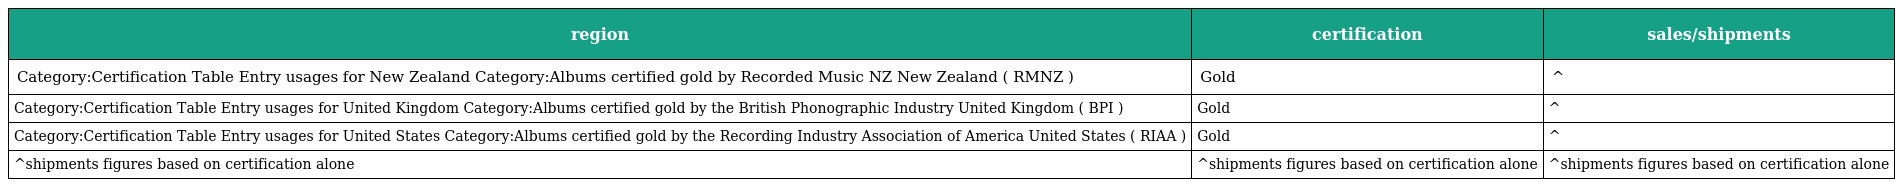
| region | certification | sales/shipments |
 | --- | --- | --- |
 | Category:Certification Table Entry usages for New Zealand Category:Albums certified gold by Recorded Music NZ New Zealand ( RMNZ ) | Gold | ^ |
 | Category:Certification Table Entry usages for United Kingdom Category:Albums certified gold by the British Phonographic Industry United Kingdom ( BPI ) | Gold | ^ |
 | Category:Certification Table Entry usages for United States Category:Albums certified gold by the Recording Industry Association of America United States ( RIAA ) | Gold | ^ |
 | ^shipments figures based on certification alone | ^shipments figures based on certification alone | ^shipments figures based on certification alone |